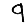
Digit: 9